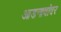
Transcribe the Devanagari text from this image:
आडनावांवर